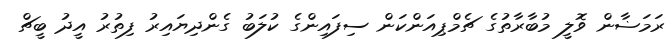
ރަމަޟާން ވޮލީ މުބާރާތުގެ ޗެމްޕިއަންކަން ސިފައިންގެ ކުލަބު ގެންދިޔައިރު ފިތުރު އީދު ބީޗް